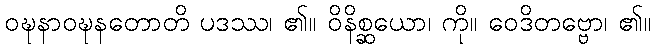
ဝဍ္ဎနာဝဍ္ဎနတောတိ ပဒဿ၊ ၏။ ဝိနိစ္ဆယော၊ ကို။ ဝေဒိတဗ္ဗော၊ ၏။